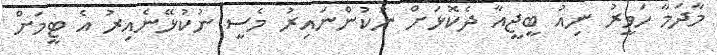
މާދަމާ ހަވީރު ނިއު ބީޖީއާ ދެކޮޅަށް ނުކުންނައިރު މެސީ ނުކުޅޭނެއިރު އެ ޓީމަށް